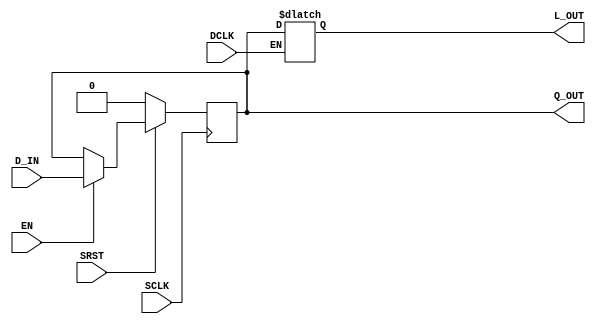

// Copyright (c) 2000-2012 Bluespec, Inc.

// Permission is hereby granted, free of charge, to any person obtaining a copy
// of this software and associated documentation files (the "Software"), to deal
// in the Software without restriction, including without limitation the rights
// to use, copy, modify, merge, publish, distribute, sublicense, and/or sell
// copies of the Software, and to permit persons to whom the Software is
// furnished to do so, subject to the following conditions:

// The above copyright notice and this permission notice shall be included in
// all copies or substantial portions of the Software.

// THE SOFTWARE IS PROVIDED "AS IS", WITHOUT WARRANTY OF ANY KIND, EXPRESS OR
// IMPLIED, INCLUDING BUT NOT LIMITED TO THE WARRANTIES OF MERCHANTABILITY,
// FITNESS FOR A PARTICULAR PURPOSE AND NONINFRINGEMENT. IN NO EVENT SHALL THE
// AUTHORS OR COPYRIGHT HOLDERS BE LIABLE FOR ANY CLAIM, DAMAGES OR OTHER
// LIABILITY, WHETHER IN AN ACTION OF CONTRACT, TORT OR OTHERWISE, ARISING FROM,
// OUT OF OR IN CONNECTION WITH THE SOFTWARE OR THE USE OR OTHER DEALINGS IN
// THE SOFTWARE.
//
// $Revision: 29441 $
// $Date: 2012-08-27 21:58:03 +0000 (Mon, 27 Aug 2012) $

`ifdef BSV_ASSIGNMENT_DELAY
`else
  `define BSV_ASSIGNMENT_DELAY
`endif

`ifdef BSV_POSITIVE_RESET
  `define BSV_RESET_VALUE 1'b1
  `define BSV_RESET_EDGE posedge
`else
  `define BSV_RESET_VALUE 1'b0
  `define BSV_RESET_EDGE negedge
`endif


module LatchCrossingReg(SCLK, SRST, EN, D_IN, Q_OUT, DCLK, L_OUT);

   parameter width = 1;
   parameter init  = { width {1'b0} } ;

   input                  SCLK;
   input                  SRST;
   input                  EN;
   input  [width - 1 : 0] D_IN;
   output [width - 1 : 0] Q_OUT;

   input                  DCLK;
   output [width - 1 : 0] L_OUT;

   reg [width - 1 : 0]    Q_OUT; // flop
   reg [width - 1 : 0]    L_OUT; // latch

   // flop in source clock domain
   always@(posedge SCLK)
     begin
	if (SRST == `BSV_RESET_VALUE)
          Q_OUT <= `BSV_ASSIGNMENT_DELAY init;
        else
          begin
             if (EN)
               Q_OUT <= `BSV_ASSIGNMENT_DELAY D_IN;
          end // else: !if(SRST == `BSV_RESET_VALUE)
     end

   // latch in destination clock domain
   always@(DCLK or Q_OUT)
     begin
        if (DCLK)
          L_OUT <= `BSV_ASSIGNMENT_DELAY Q_OUT;
     end

`ifdef BSV_NO_INITIAL_BLOCKS
`else // not BSV_NO_INITIAL_BLOCKS
   // synopsys translate_off
   initial begin
      Q_OUT = {((width + 1)/2){2'b10}} ;
   end
   // synopsys translate_on
`endif // BSV_NO_INITIAL_BLOCKS

endmodule